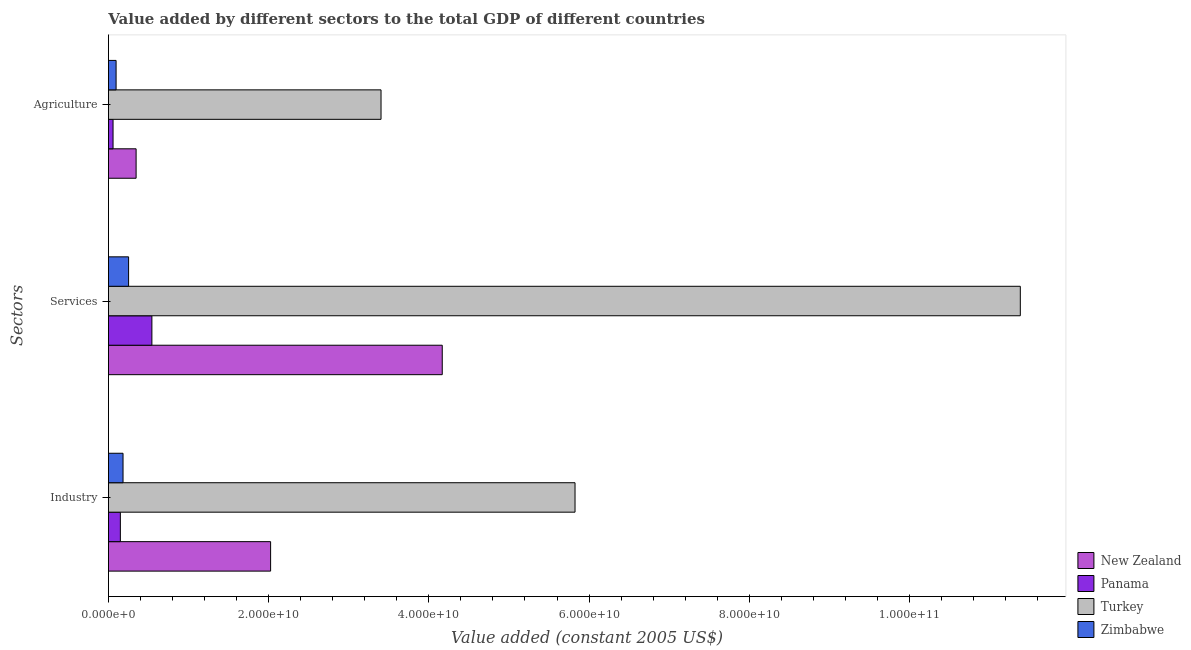
| Sectors | New Zealand | Panama | Turkey | Zimbabwe |
 | --- | --- | --- | --- | --- |
 | Industry | 2.02e+10 | 1.49e+09 | 5.82e+10 | 1.82e+09 |
 | Services | 4.17e+10 | 5.43e+09 | 1.14e+11 | 2.52e+09 |
 | Agriculture | 3.45e+09 | 5.77e+08 | 3.4e+10 | 9.56e+08 |